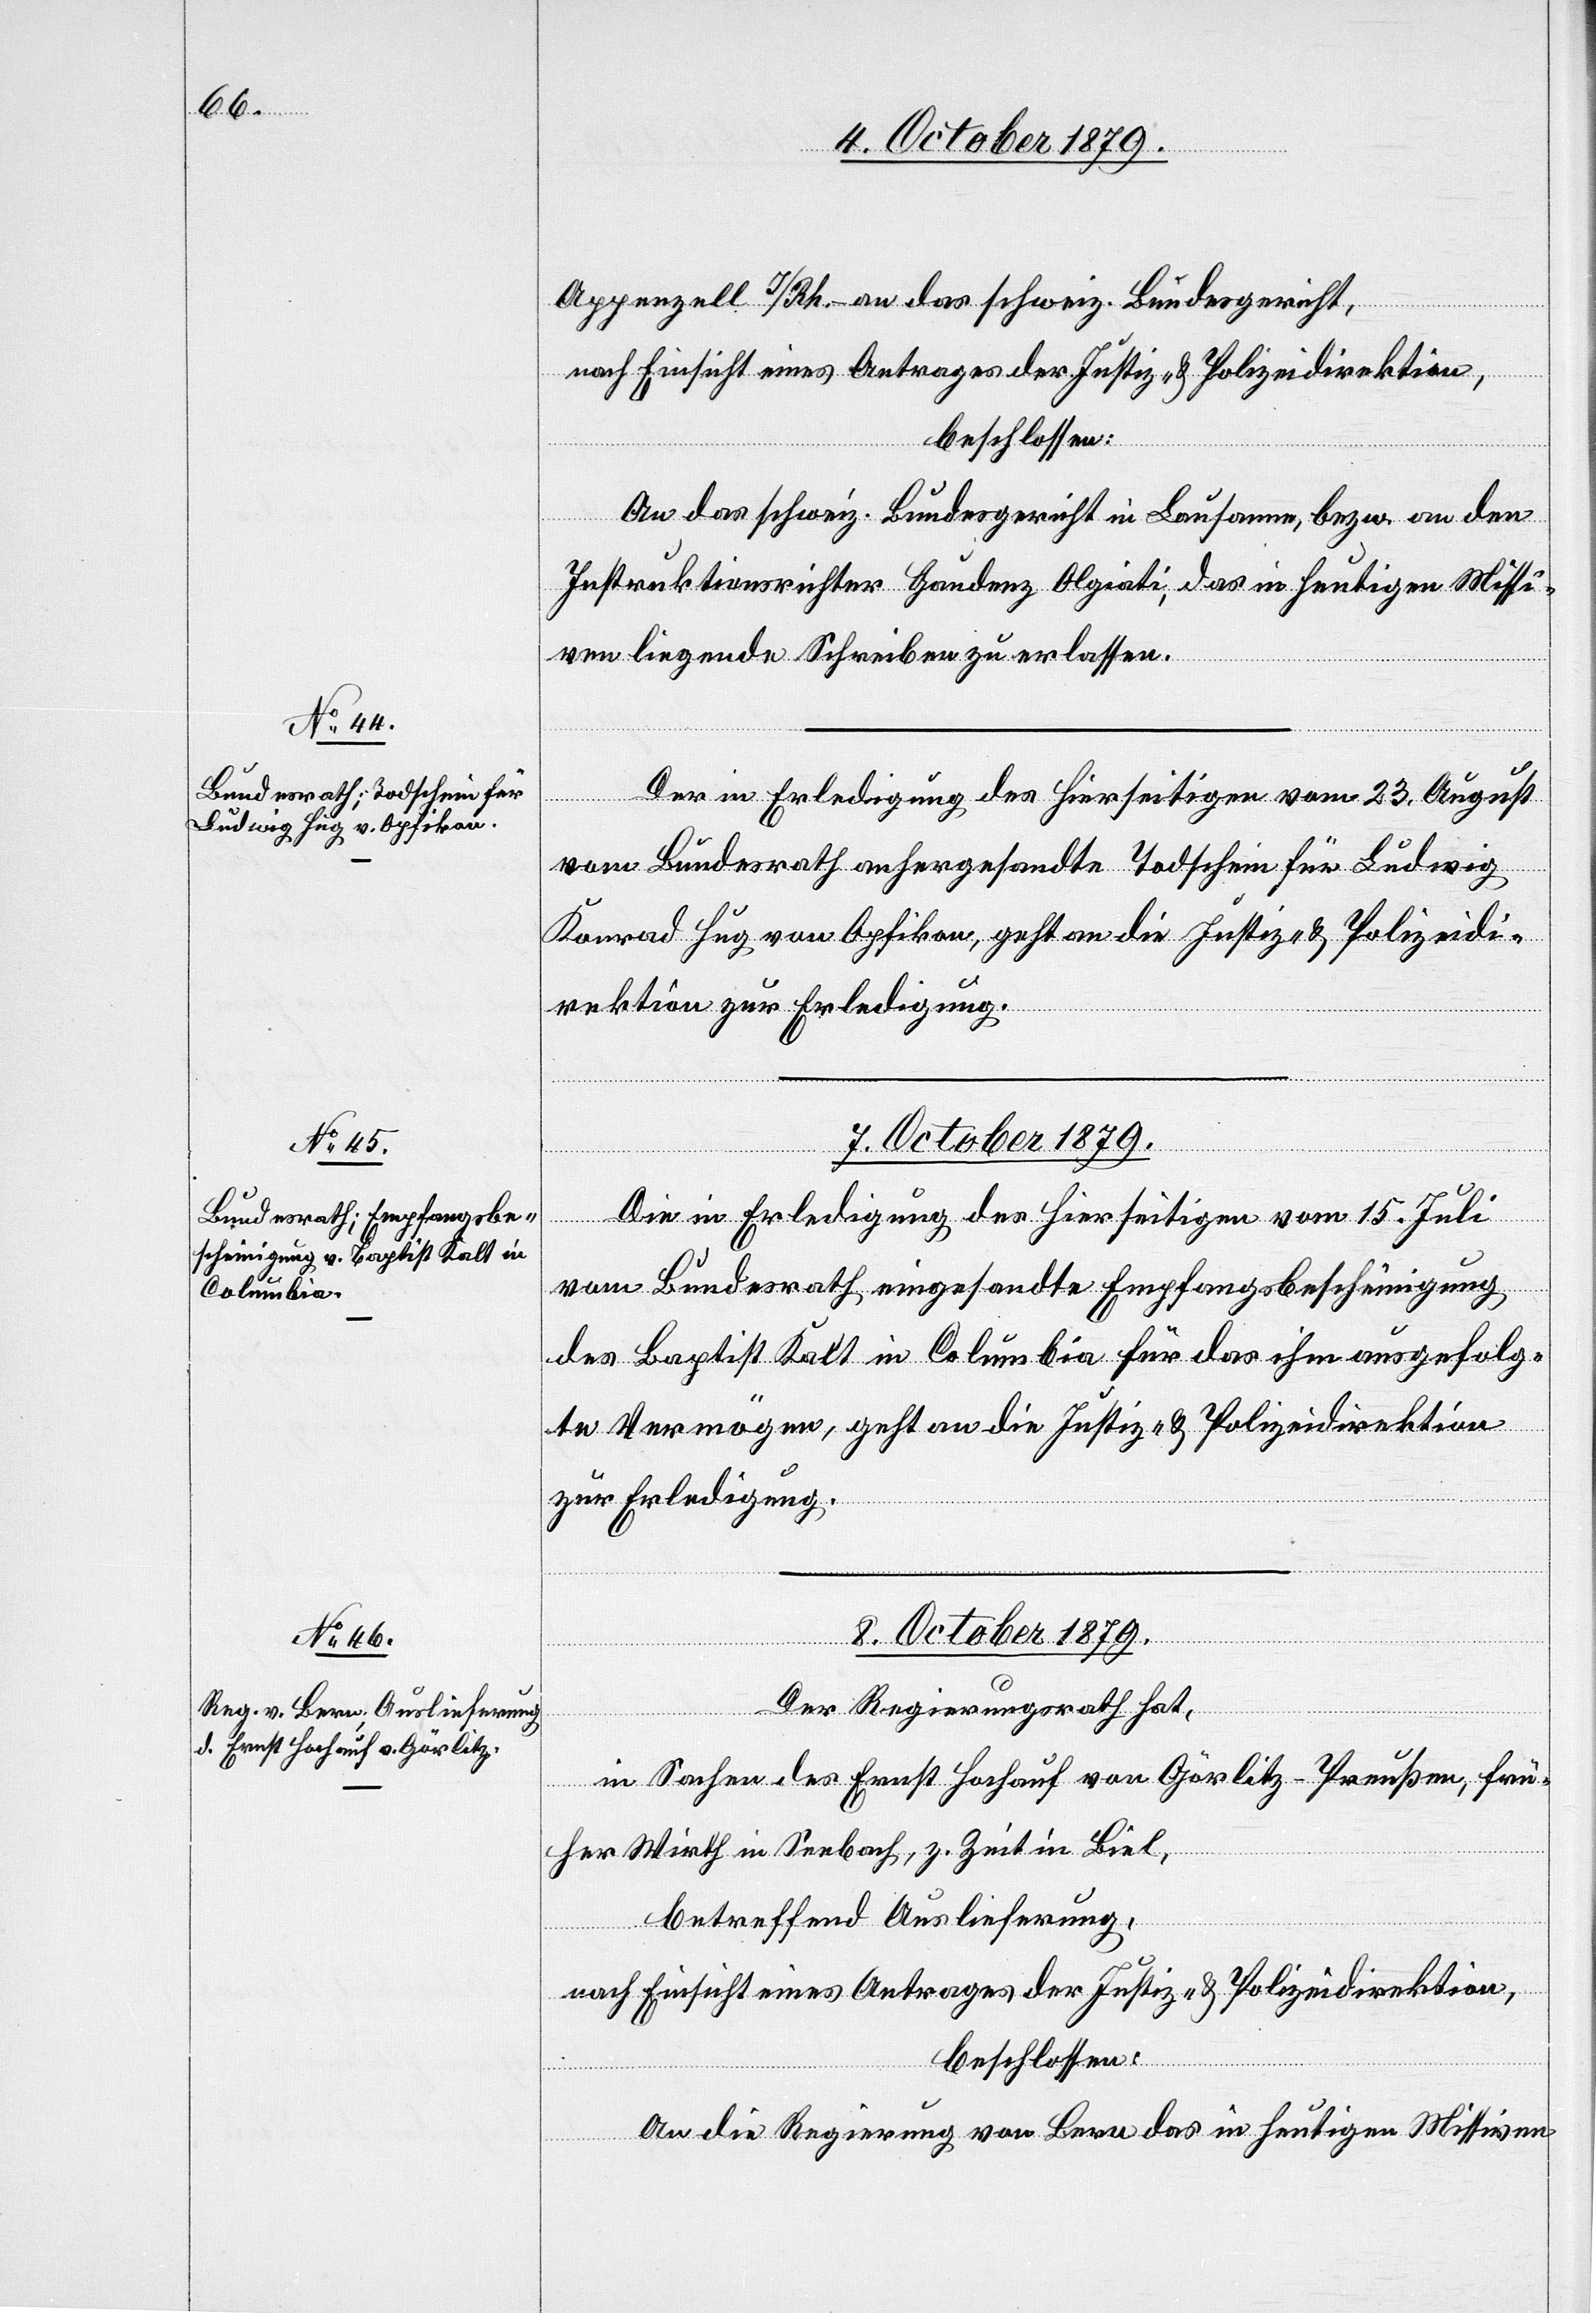
6. October 1879.]
Appenzell I/Rh. – an das Schweiz. Bundesgericht,
nach Einsicht eines Antrages der Justiz- & Polizeidirektion
beschlossen:
An das schweiz. Bundesgericht in Lausanne, bezw. an den
Instruktionsrichter Gaudenz Olgiati, das in heutigen Missi¬
ven liegende Schreiben zu erlassen.
Der in Erledigung des Hierseitigen vom 23. August
vom Bundesrath anhergesandte Todschein für Ludwig
Konrad Hug von Opfikon, geht an die Justiz- & Polizeidi¬
rektion zur Erledigung.
7. October 1879.
Die in Erledigung des Hierseitigen vom 15. Juli
vom Bundesrath eingesandte Empfangsbescheinigung
des Baptist Kalt in Columbia für das ihm ausgefolg¬
te Vermögen, geht an die Justiz- & Polizeidirektion
zur Erledigung.
8. October 1879.
Der Regierungsrath hat,
in Sachen des Ernst Hochauf von Görlitz – Preussen, frü¬
her Wirth in Seebach, z. Zeit in Biel,
betreffend Auslieferung,
An die Regierung von Bern das in heutigen Missiven